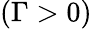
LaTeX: (\Gamma>0)